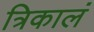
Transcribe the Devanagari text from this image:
त्रिकालं